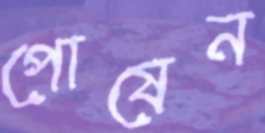
পোষেন